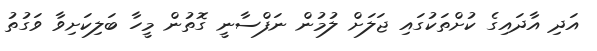
އަދި އާދައިގެ ކުށްތަކުގައި ޖަލަށް ލުމުން ނަފްސާނީ ގޮތުން މީހާ ބަލިކަށިވާ ވަގުތު